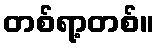
တစ်ရာ့တစ်။